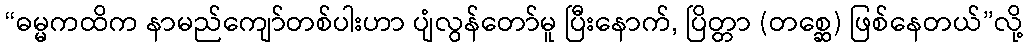
“ဓမ္မကထိက နာမည်ကျော်တစ်ပါးဟာ ပျံလွန်တော်မူ ပြီးနောက်, ပြိတ္တာ (တစ္ဆေ) ဖြစ်နေတယ်”လို့